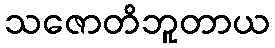
သဇောတိဘူတာယ